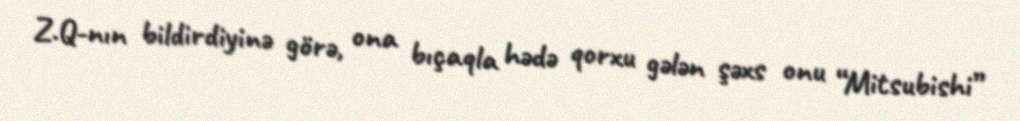
Z.Q-nın bildirdiyinə görə, ona bıçaqla hədə qorxu gələn şəxs onu “Mitsubishi”